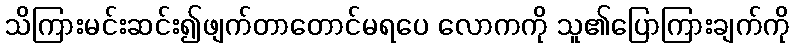
သိကြားမင်းဆင်း၍ဖျက်တာတောင်မရပေ လောကကို သူ၏ပြောကြားချက်ကို